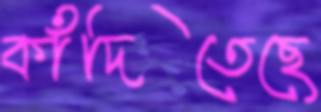
কাঁদিতেছে